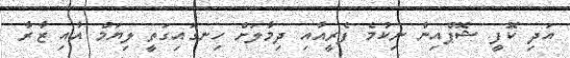
އަދި ކޮފީ ޝޮޕްއިން ނިކުމެ ފެރީއާއި ދިމާލަށް ހިނގައިގަތީ ލިޔަމް އާއި ޒާރާ